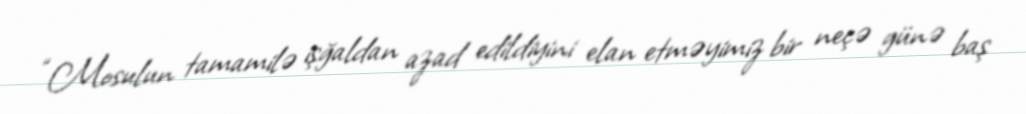
“Mosulun tamamilə işğaldan azad edildiyini elan etməyimiz bir neçə günə baş